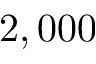
2 , 0 0 0